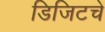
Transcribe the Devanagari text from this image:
डिजिटचे